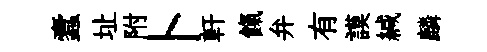
蠧址附卜軒餼弁有謨緘麟